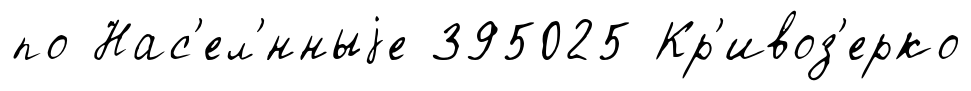
по Нас'ел'́нныjе 395025 Кр'ивоз'ерко